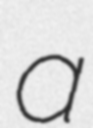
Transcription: a